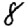
Digit: 8